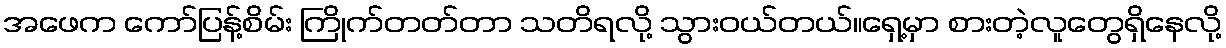
အဖေက ကော်ပြန့်စိမ်း ကြိုက်တတ်တာ သတိရလို့ သွားဝယ်တယ်။ရှေ့မှာ စားတဲ့လူတွေရှိနေလို့